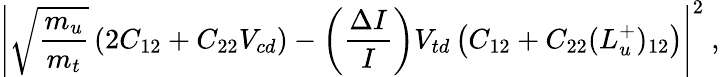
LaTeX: \left|\sqrt{\frac{m_{u}}{m_{t}}}\left(2C_{12}+C_{22}V_{cd}\right)-\left(\frac{\Delta I}{I}\right)V_{td}\left(C_{12}+C_{22}(L_{u}^{+})_{12}\right)\right|^{2}~,